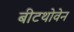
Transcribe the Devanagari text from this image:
बीटथोवेन